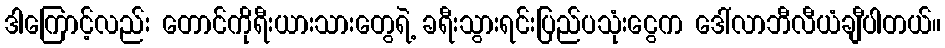
ဒါကြောင့်လည်း တောင်ကိုရီးယားသားတွေရဲ့ ခရီးသွားရင်းပြည်ပသုံးငွေက ဒေါ်လာဘီလီယံချီပါတယ်။